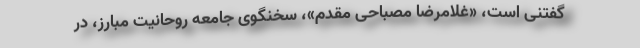
گفتنی است، «غلامرضا مصباحی مقدم»، سخنگوی جامعه روحانیت مبارز، در